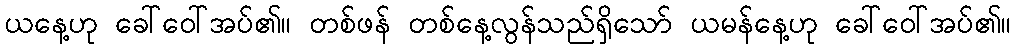
ယနေ့ဟု ခေါ်ဝေါ်အပ်၏။ တစ်ဖန် တစ်နေ့လွန်သည်ရှိသော် ယမန်နေ့ဟု ခေါ်ဝေါ်အပ်၏။